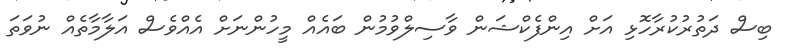
ބިސް ދަތުރުކުރާހޮޅި އަށް އިންފެކްޝަން ވާސިލްވުމުން ބައެއް މީހުންނަށް އެއްވެސް އަލާމާތެއް ނުވަތަ